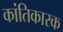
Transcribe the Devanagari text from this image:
कांतिकारक